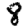
Digit: 8